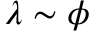
\lambda \sim \phi